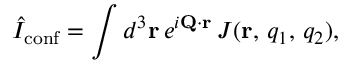
\hat { I } _ { \mathrm { c o n f } } = \int d ^ { 3 } { \bf r } \, e ^ { i { \bf Q } \cdot { \bf r } } \, J ( { \bf r } , \, q _ { 1 } , \, q _ { 2 } ) ,